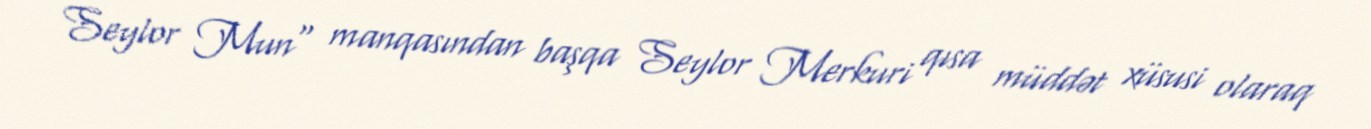
Seylor Mun" manqasından başqa Seylor Merkuri qısa müddət xüsusi olaraq